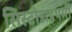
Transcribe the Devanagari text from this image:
सिस्टोडाइथर्मी